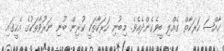
ޚާއްޞަ ހަރަކާތް ގެއްލި ބީވެގެންދެއެވެ. މިބުނި ހަރަކާތަކީ ކުރިން ބުނި ނަރުވާތަކުގެ އެހީގައި